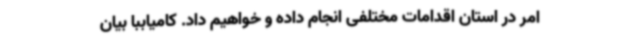
امر در استان اقدامات مختلفی انجام داده و خواهیم داد. کامیاببا بیان